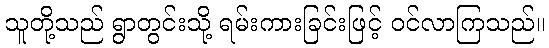
သူတို့သည် ရွာတွင်းသို့ ရမ်းကားခြင်းဖြင့် ဝင်လာကြသည်။